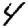
Digit: 4